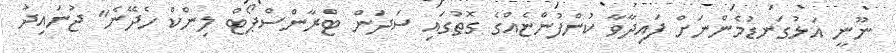
ނޫނީ އަޅުގަނޑުމެންނަށް ފައިދާވާ ކުންފުންޏެއްގެ ގޮތުގައި ސަދަން ޓްރާންސްޕޯޓް ލިންކް ހެދޭނެ" ޖުނައިދު